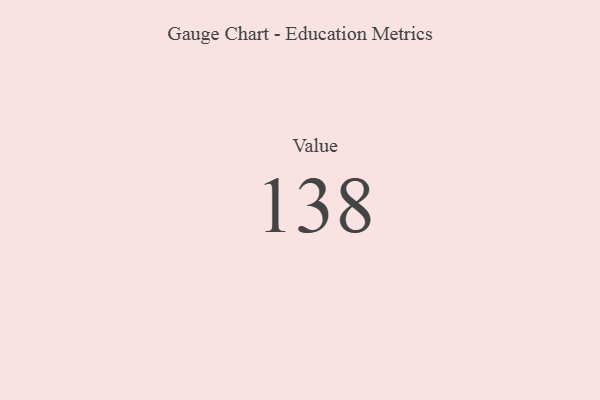
{"axis": {"x": "Metric", "y": "Value"}, "legend": [""], "data": [{"x": "Value", "y": 138, "type": ""}]}